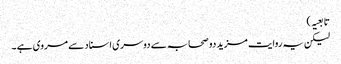
تابعیہ )
لیکن یہ روایت مزید دو صحابہ سے دوسری اسناد سے مروی ہے ۔